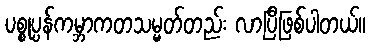
ပစ္စုပ္ပန်ကမ္ဘာကတသမ္မတ်တည်း လာပြီဖြစ်ပါတယ်။